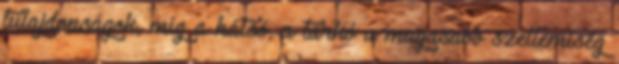
tulajdonságok, míg a hátsó, a tarkó a magasabb szellemiség